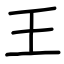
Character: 王